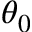
\theta _ { 0 }